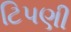
ટિપણી